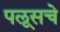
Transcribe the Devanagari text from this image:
पलूसचे